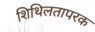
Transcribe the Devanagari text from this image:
शिथिलतापरक